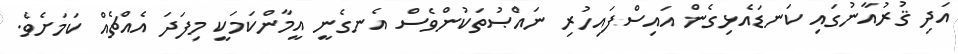
އަދި ޤުރުއާނުގައި ކަނޑައެޅިގެން އައިސްފައިހުރި ނައްޞުތަކުންވެސް އެނގެނީ އީމާންކަމަކީ މިފަދަ އެއްޗެއް ކަމަށެވެ.